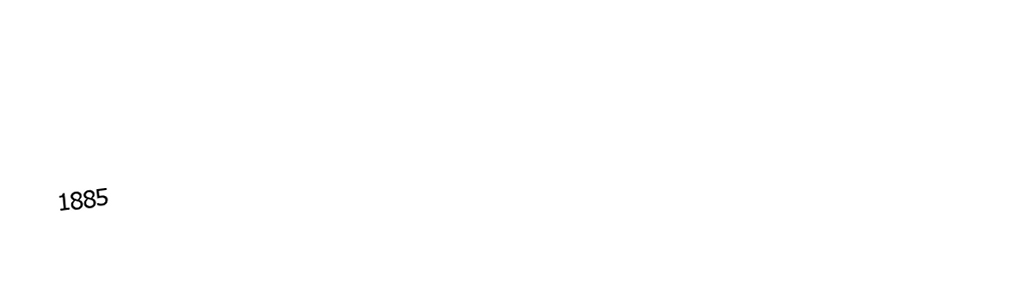

1885